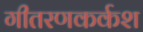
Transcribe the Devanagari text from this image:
गीतरणकर्कश